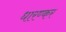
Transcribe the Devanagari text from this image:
धारण्कर